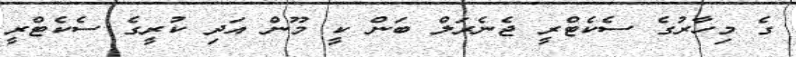
ގެ މިހާރުގެ ސެކެޓްރީ ޖެނެރަލް ބަން ކީ މޫން އަދި ކުރީގެ ސެކެޓްރީ